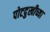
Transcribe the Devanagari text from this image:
पोटदुखीच्या